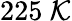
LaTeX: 225\ \mathcal{K}